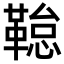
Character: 𮧢